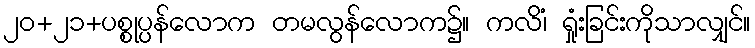
၂၀+၂၁+ပစ္စုပ္ပန်လောက တမလွန်လောက၌။ ကလိံ၊ ရှုံးခြင်းကိုသာလျှင်။